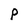
Character: P